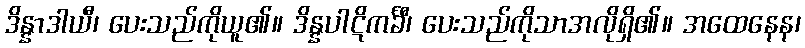
ဒိန္နာဒါယီ၊ ပေးသည်ကိုယူ၏။ ဒိန္နပါဋိကင်္ခီ၊ ပေးသည်ကိုသာအလိုရှိ၏။ အထေနေန၊